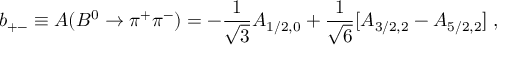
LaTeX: b _ { + - } \equiv A ( B ^ { 0 } \to \pi ^ { + } \pi ^ { - } ) = - \frac { 1 } { \sqrt { 3 } } A _ { 1 / 2 , 0 } + \frac { 1 } { \sqrt { 6 } } [ A _ { 3 / 2 , 2 } - A _ { 5 / 2 , 2 } ] \; ,